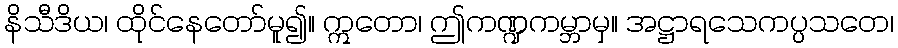
နိသီဒိယ၊ ထိုင်နေတော်မူ၍။ ဣတော၊ ဤကဏ္ဍကမ္ဘာမှ။ အဋ္ဌာရသေကပ္ပသတေ၊